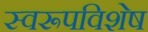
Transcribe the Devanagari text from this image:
स्वरूपविशेष